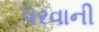
પરવાની